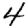
Digit: 4